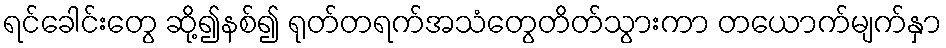
ရင်ခေါင်းတွေ ဆို့၍နစ်၍ ရုတ်တရက်အသံတွေတိတ်သွားကာ တယောက်မျက်နှာ